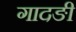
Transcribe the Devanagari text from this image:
गादङी